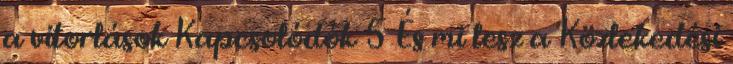
a vitorlások Kapcsolódók 5 És mi lesz a Közlekedési